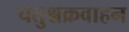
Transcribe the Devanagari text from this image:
चतुश्चक्रवाहन